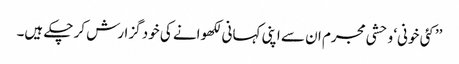
’’کئی خونی‘ وحشی مجرم ان سے اپنی کہانی لکھوانے کی خود گزارش کر چکے ہیں۔